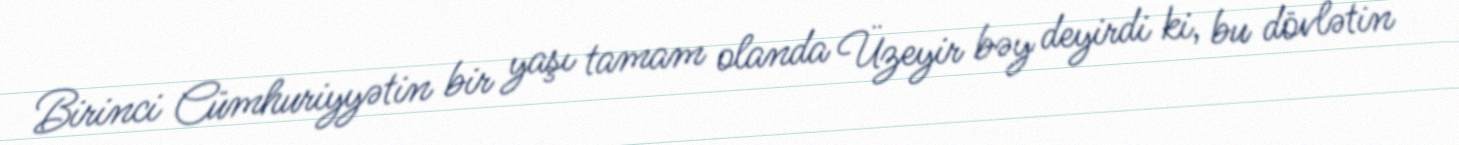
Birinci Cümhuriyyətin bir yaşı tamam olanda Üzeyir bəy deyirdi ki, bu dövlətin